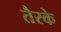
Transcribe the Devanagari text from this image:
तैरके